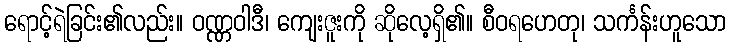
ရောင့်ရဲခြင်း၏လည်း။ ဝဏ္ဏဝါဒီ၊ ကျေးဇူးကို ဆိုလေ့ရှိ၏။ စီဝရဟေတု၊ သင်္ကန်းဟူသော